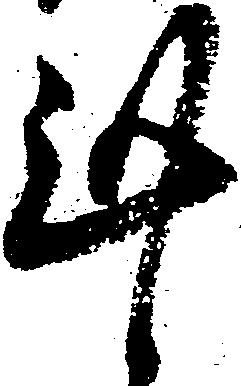
謹